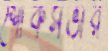
শোকসভার